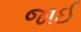
જાઈ